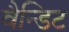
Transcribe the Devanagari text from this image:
वैन्डिट